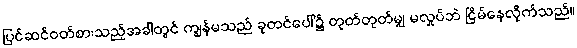
ပြင်ဆင်ဝတ်စားသည့်အခါတွင် ကျွန်မသည် ခုတင်ပေါ်၌ တုတ်တုတ်မျှ မလှုပ်ဘဲ ငြိမ်နေလိုက်သည်။